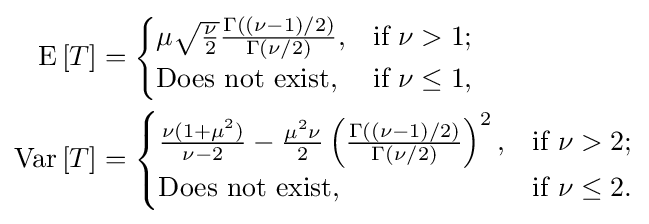
{\begin{aligned}{\mbox{E}}\left[T\right]&={\begin{cases}\mu {\sqrt {\frac {\nu }{2}}}{\frac {\Gamma ((\nu -1)/2)}{\Gamma (\nu /2)}},&{\mbox{if }}\nu >1;\\{\mbox{Does not exist}},&{\mbox{if }}\nu \leq 1,\\\end{cases}}\\{\mbox{Var}}\left[T\right]&={\begin{cases}{\frac {\nu (1+\mu ^{2})}{\nu -2}}-{\frac {\mu ^{2}\nu }{2}}\left({\frac {\Gamma ((\nu -1)/2)}{\Gamma (\nu /2)}}\right)^{2},&{\mbox{if }}\nu >2;\\{\mbox{Does not exist}},&{\mbox{if }}\nu \leq 2.\\\end{cases}}\end{aligned}}